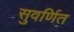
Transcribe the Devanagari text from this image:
सुवर्णित